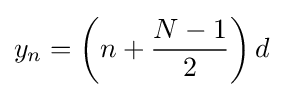
y_{n}=\left(n+{\frac {N-1}{2}}\right)d